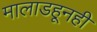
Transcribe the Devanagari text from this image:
मालाडहूनही